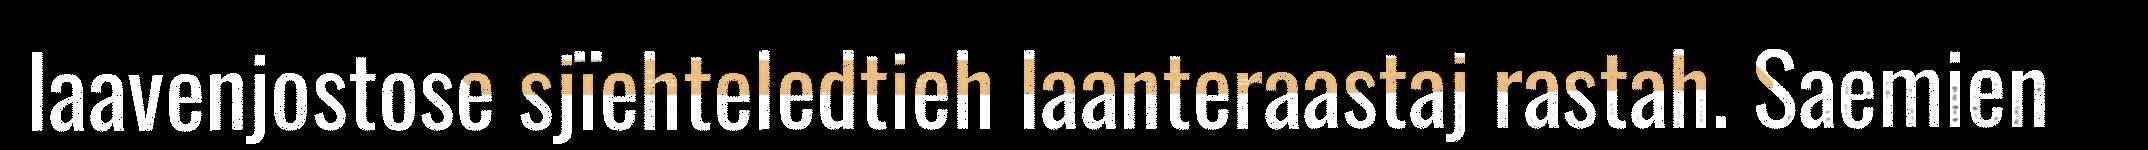
laavenjostose sjïehteledtieh laanteraastaj rastah. Saemien